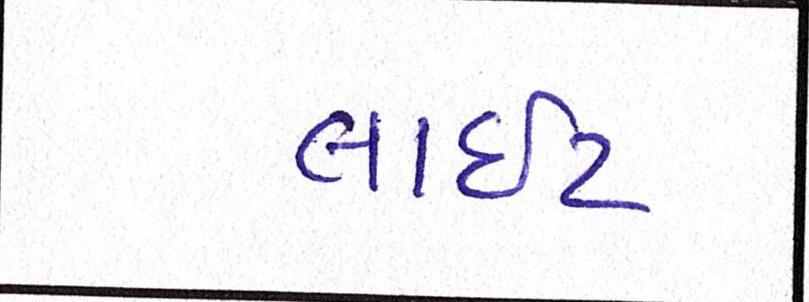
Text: લાઇટ